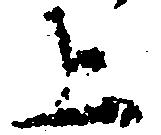
上